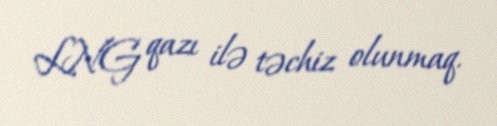
LNG qazı ilə təchiz olunmaq.